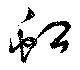
虹